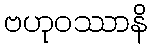
ဗဟုဝဿာနိ